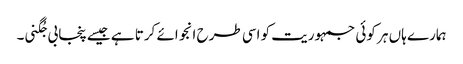
ہمارے ہاں ہر کوئی جمہوریت کو اسی طرح انجوائے کرتا ہے جیسے پنجابی جُگنی۔